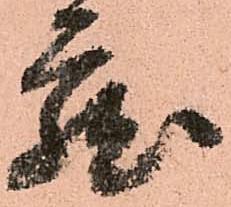
蔵